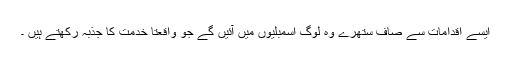
ایسے اقدامات سے صاف ستھرے وہ لوگ اسمبلیوں میں آئیں گے جو واقعتاً خدمت کا جذبہ رکھتے ہیں ۔